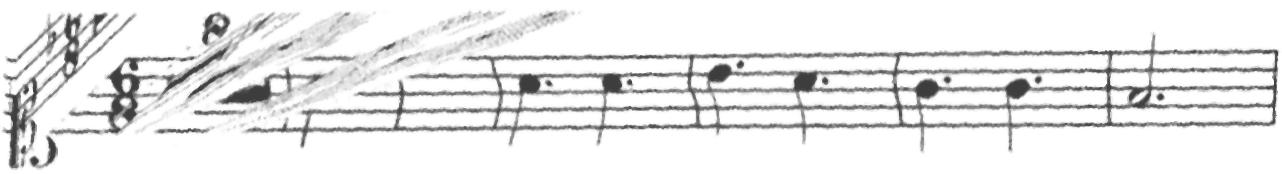
Transcription: clef-C1 keySignature-FM timeSignature-6/8 multirest-8 barline note-A4_quarter. note-C5_quarter. barline note-A4_quarter. note-A4_quarter. barline note-Bb4_quarter. note-A4_quarter. barline note-G4_quarter. note-G4_quarter. barline note-F4_half. barline